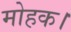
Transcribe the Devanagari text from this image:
मोहक।